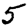
Digit: 5